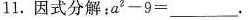
11. 因式分解 ：a2-9=_______。